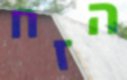
הזח